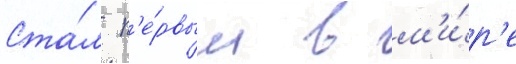
Ста́л п'е́рвым в м'и́р'е